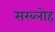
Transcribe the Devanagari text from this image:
सरब्लोह